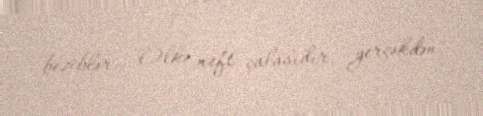
beziblər... Ölkə neft çalasıdır, gerçəkdən.